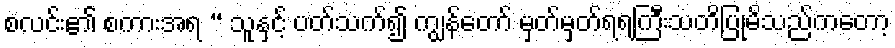
စလင်း၏ စကားအရ “ သူနှင့် ပတ်သက်၍ ကျွန်တော် မှတ်မှတ်ရရကြီးသတိပြုမိသည်ကတော့